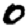
Digit: 0